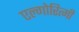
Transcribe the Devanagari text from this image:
एल्गोरित्मी